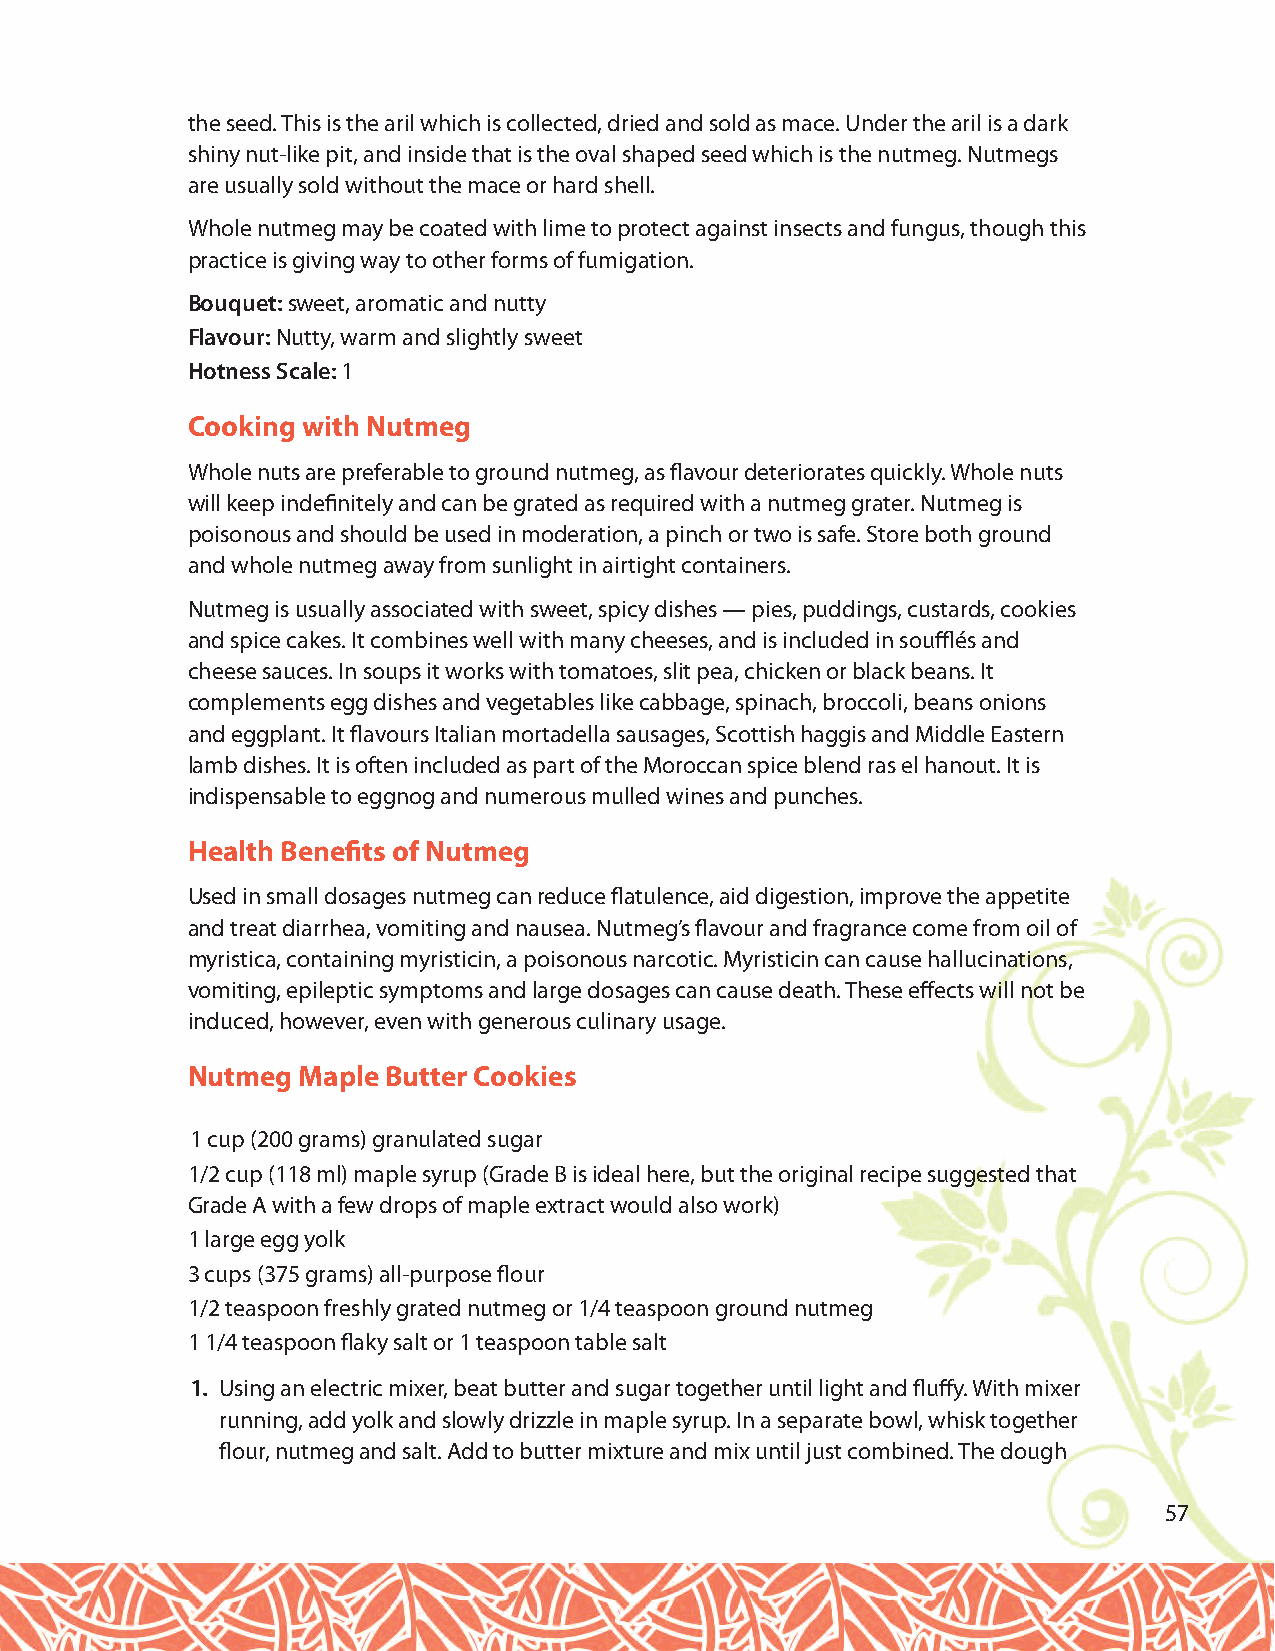
the seed. This is the aril which is collected, dried and sold as mace. Under the aril is a dark
 shiny nut-like pit, and inside that is the oval shaped seed which is the nutmeg. Nutmegs
 are usually sold without the mace or hard shell.
 Whole nutmeg may be coated with lime to protect against insects and fungus, though this
 practice is giving way to other forms of fumigation.
 Bouquet: sweet, aromatic and nutty
 Flavour: Nutty, warm and slightly sweet
 Hotness Scale:1
 Cooking with Nutmeg
 Whole nuts are preferable to ground nutmeg, as flavour deteriorates quickly. Whole nuts
 will keep indefinitely and can be grated as required with a nutmeg grater. Nutmeg is
 poisonous and should be used in moderation, a pinch or two is safe. Store both ground
 and whole nutmeg away from sunlight in airtight containers.
 Nutmeg is usually associated with sweet, spicy dishes — pies, puddings, custards, cookies
 and spice cakes. It combines well with many cheeses, and is included in soufflés and
 cheese sauces. In soups it works with tomatoes, slit pea, chicken or black beans. It
 complements egg dishes and vegetables like cabbage, spinach, broccoli, beans onions
 and eggplant. It flavours Italian mortadella sausages, Scottish haggis and Middle Eastern
 lamb dishes. It is often included as part of the Moroccan spice blend ras el hanout. It is
 indispensable to eggnog and numerous mulled wines and punches.
 Health Benefits of Nutmeg
 Used in small dosages nutmeg can reduce flatulence, aid digestion, improve the appetite
 and treat diarrhea, vomiting and nausea. Nutmeg’s flavour and fragrance come from oil of
 myristica, containing myristicin, a poisonous narcotic. Myristicin can cause hallucinations,
 vomiting, epileptic symptoms and large dosages can cause death. These effects will not be
 induced, however, even with generous culinary usage.
 Nutmeg  Maple Butter Cookies
 1 cup (200 grams) granulated sugar
 1/2 cup (118 ml) maple syrup (Grade B is ideal here, but the original recipe suggested that
 Grade A with a few drops of maple extract would also work)
 1 large egg yolk
 3 cups (375 grams) all-purpose flour
 1/2 teaspoon freshly grated nutmeg or 1/4 teaspoon ground nutmeg
 1 1/4 teaspoon flaky salt or 1 teaspoon table salt
 1. Using an electric mixer, beat butter and sugar together until light and fluffy. With mixer
 running, add yolk and slowly drizzle in maple syrup. In a separate bowl, whisk together
 flour, nutmeg and salt. Add to butter mixture and mix until just combined. The dough
 57